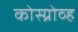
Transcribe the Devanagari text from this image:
कोस्ग्रोव्ह